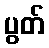
ပွတ်